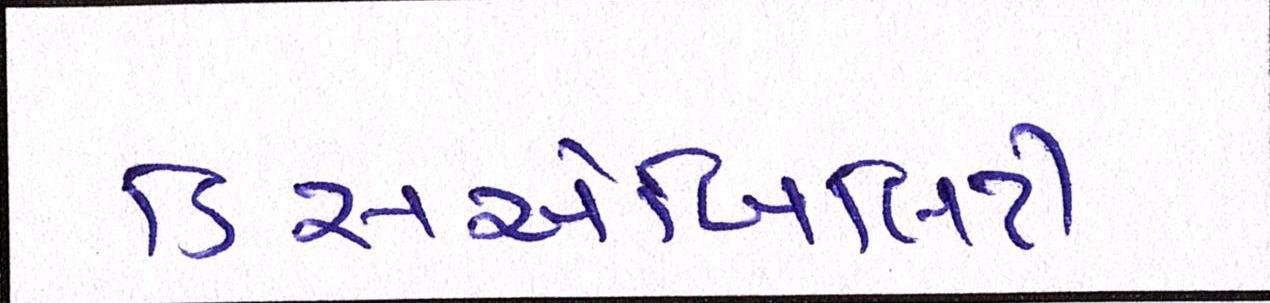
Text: ડિસએબિલિટી